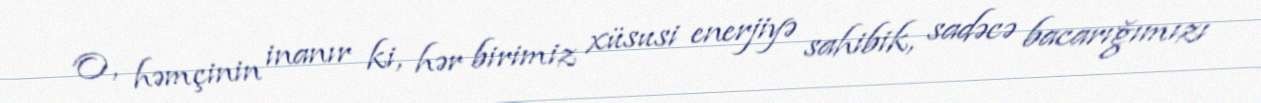
O, həmçinin inanır ki, hər birimiz xüsusi enerjiyə sahibik, sadəcə bacarığımızı